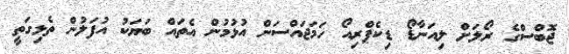
ޖޮބްސްގެ ރޯލަށް ލިއަނާޑޯ ޑިކެޕްރިއޯ ހަމަޖައްސަން އުޅުމުން އެތައް ބަޔަކު އުފަލުން ތެޅިގަތީ